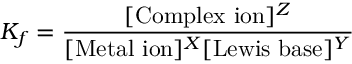
K _ { f } = { \frac { [ { \mathrm { C o m p l e x ~ i o n } } ] ^ { Z } } { [ { \mathrm { M e t a l ~ i o n } } ] ^ { X } [ { \mathrm { L e w i s ~ b a s e } } ] ^ { Y } } }